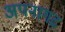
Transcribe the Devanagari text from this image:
अपनागढ़